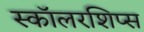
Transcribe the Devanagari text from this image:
स्कॉलरशिप्स